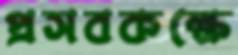
প্রসবকক্ষে